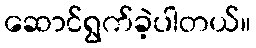
ဆောင်ရွက်ခဲ့ပါတယ်။